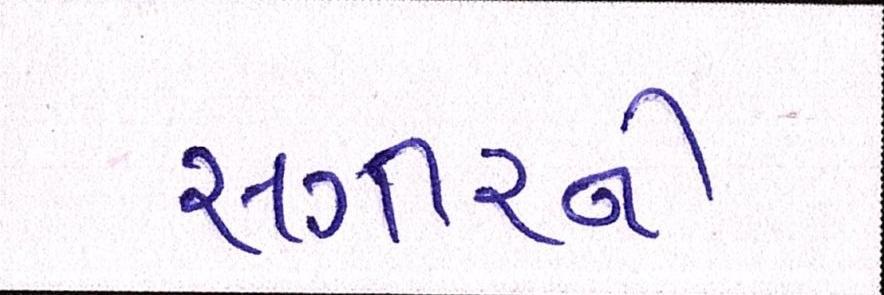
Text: સગીરને